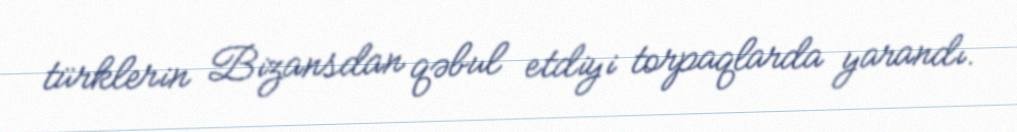
türklerin Bizansdan qəbul etdiyi torpaqlarda yarandı.